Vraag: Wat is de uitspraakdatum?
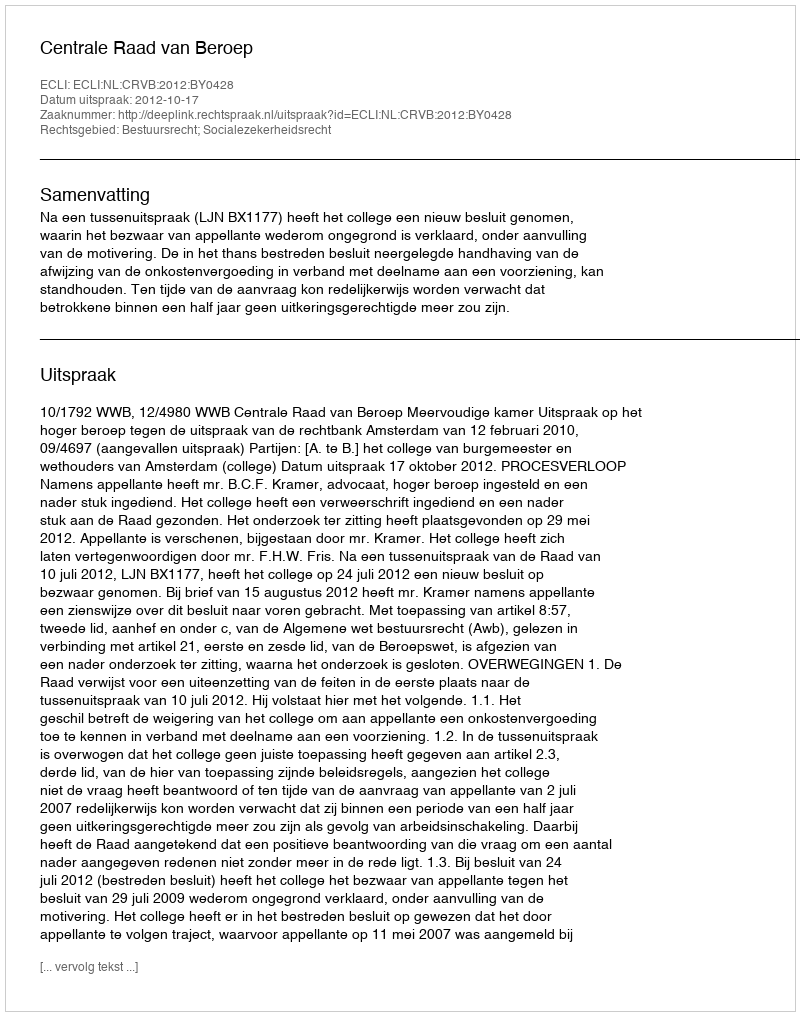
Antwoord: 2012-10-17